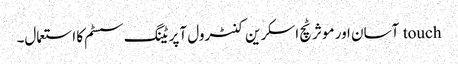
touch آسان اور موثر ٹچ اسکرین کنٹرول آپریٹنگ سسٹم کا استعمال۔